Medical and sanitary report of the native army of Bengal for the year
Year: 1874
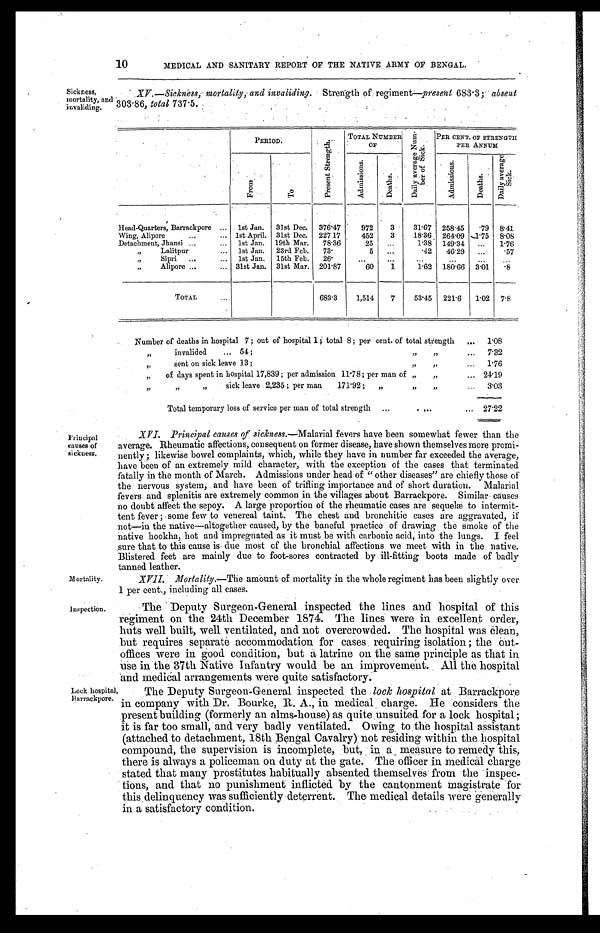
10
MEDICAL AND SANITARY REPORT OF THE NATIVE ARMY OF BENGAL.
Sickness,
mortality, and
invaliding.
XV.—Sickness, mortality, and invaliding. Strength of regiment—present 683.3; absent
303.86, total 737.5.
Principal
causes of
si ckness.
Mortality.
PERIOD.
P r e s e n t S t r e n g t h .
TOTAL NUMBER
OF
Da i l y a v e r a g e Nu m- b e r o f S i c k .
PER CENT OF STRENGTH
PER ANNUM
From
To
Ad mi s s i o n s .
Deaths.
Admissions.
D e a t h s .
D a i l y a v e r a g e S i c k .
Head-Quarters, Barrackpore
. . . 1st Jan.
31st Dec.
376.47
972
3
31.67 258.45
.79 8.41
Wing, Alipore
. . . 1st April. 31st Dec.
227 17
452 3
18.36
264.09 1.75 8.08
Detachment, Jhansi
. . . 1st Jan.
19th Mar.
78.36
2 5 . . .
1.38
149.34
. . .
1.76
"
Lalitpur
. . . 1st Jan.
23rd Feb.
7 3 .
5
. . .
.42
46.29
. . .
.57
"
Sipri
. . . 1st Jan.
15th Feb.
2 6 .
. . .
. . .
. . .
. . .
. . .
. . .
" Alipore
. . . 31st Jan.
31st Mar.
201.87
60
1
1.62
180.66
3.01
.8
TOTAL
. . .
683.3
1,514
7
53.45
221.6
1.02 7.8
Number of deaths in hospital 7; out of hospital 1; total 8; per cent of total strength . . . 1.08
" i n v a l i d e d . . . 5
4 ; " " . . .
7.32
" s e n t
o n s i c k
l e a v e
1 3 ; " " . . . 1.76
" o f
d a y s s p e n t
i n
h o s p i t a l 1 7 , 8 3 9 ;
p e r
a d m i s s i o n
1 1 . 7 8 ; p e rm
a n
o f " " . . . 24.19
" " " sick leave 2,235; per man 171.92; " " " . . . 3.03
Total temporary loss of service per man of total strength . . . 27.22
XVI. Principal causes of sickness.—Malarial fevers have been somewhat fewer than the
average. Rheumatic affections, consequent on former disease, have shown themselves more promi
-nently; likewise bowel complaints, which, while they have in number far exceeded the average,
have been of an extremely mild character, with the exception of the cases that terminated
fatally in the month of March. Admissions under head of "other diseases" are chiefly those of
the nervous system; and have been of trifling importance and of short duration. Malarial
fevers and splenitis are extremely common in the villages about Barrackpore. Similar causes
no doubt affect the sepoy. A large proportion of the rheumatic cases are sequelæ to intermit
-tent fever; some few to venereal taint. The chest and bronchitic cases are aggravated, if
not—in the native—altogether caused, by the baneful practice of drawing the smoke of the
native hookha, hot and impregnated as it must be with carbonic acid; into the lungs. I feel
sure that to this cause is due most of the bronchial affections we meet with in the native.
Blistered feet are mainly due to foot-sores contracted by ill-fitting boots made of badly
tanned leather.
XVII. Mortality.—The amount of mortality in the whole regiment has been slightly over
1 per cent., including all cases.
Inspection.
Lock hospital,
Barrackpore.
The Deputy Surgeon-General inspected the lines and hospital of this
regiment on the 24th December 1874. The lines were in excellent order,
huts well built, well ventilated, and not overcrowded. The hospital was clean,
but requires separate accommodation for cases requiring isolation; the out
-offices were in good condition, but a latrine on the same principle as that in
use in the 37th Native Infantry would be an improvement. All the hospital
and medical arrangements were quite satisfactory.
The Deputy Surgeon-General inspected the lock hospital at Barrackpore
in company with Dr. Bourke, R. A., in medical charge. He considers the
present building (formerly an alms-house) as quite unsuited for a lock hospital;
it is far too small, and very badly ventilated. Owing, to the hospital assistant
(attached to detachment, 18th Bengal Cavalry) not residing within the hospital
compound, the supervision is incomplete, but, in a measure to remedy this,
there is always a policeman on duty at the gate. The, officer in medical charge
stated that many prostitutes habitually absented themselves' from the inspec
-tions, and that no punishment inflicted by the cantonment magistrate for
this delinquency was sufficiently deterrent. The medical details were generally
in a satisfactory condition.